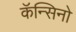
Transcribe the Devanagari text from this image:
कॅन्सिनो